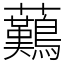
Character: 䕿